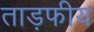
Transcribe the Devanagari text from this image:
ताड़फीय